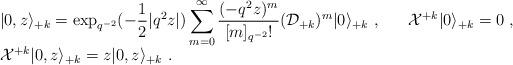
LaTeX: \begin{align*}\begin{array}{l}\vert 0, z\rangle_{+k}=\displaystyle\exp_{q^{-2}}(-\frac{1}{2}|q^2z|)\sum_{m=0}^\infty \frac{(-q^2z)^m}{[m]_{q^{-2}}!}({\cal D}_{+k})^m\vert 0 \rangle_{+k}~,~~~~~{\cal X}^{+k}\vert 0\rangle_{+k}=0~,\\{\cal X}^{+k}\vert 0,z\rangle_{+k} =z\vert 0,z\rangle_{+k}~.\end{array}\end{align*}